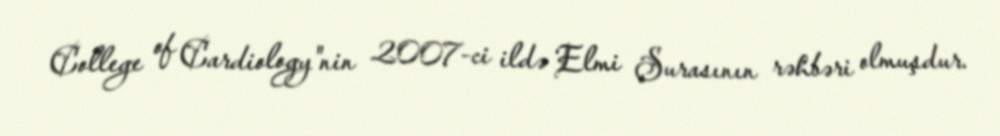
College of Cardiology"nin 2007-ci ildə Elmi Şurasının rəhbəri olmuşdur.